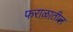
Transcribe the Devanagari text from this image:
फराळातील